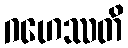
ဂဟေဿတိ